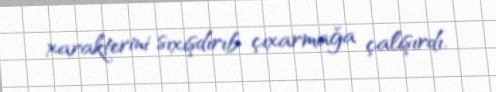
xarakterini sıxışdırıb çıxarmağa çalışırdı.